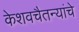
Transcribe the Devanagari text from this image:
केशवचैतन्यांचे